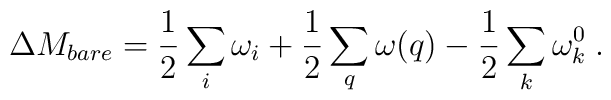
\Delta M_{bare}=\frac{1}{2}\sum_i\omega_i+\frac{1}{2}\sum_q\omega(q)-\frac{1}{2}\sum_k \omega_k^0\;.